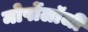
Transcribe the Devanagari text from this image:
मोर्पोलॉजी